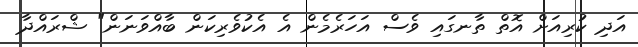
އަދި ކުރިއަށް އޮތް ތާނގައި ވެސް އަހަރެމެން އެ އެކުވެރިކަން ބާއްވަނަން" ޝްރައްދާ